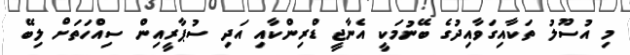
މި އުސޫލު ތަކާއިގަވާއިދުގެ ބޭނުމަކީ އެނާޖީ ޑްރިންކާއި އަދި ސުޕާރީއިން ސިއްހަތަށް ލިބޭ